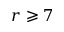
r \geqslant 7